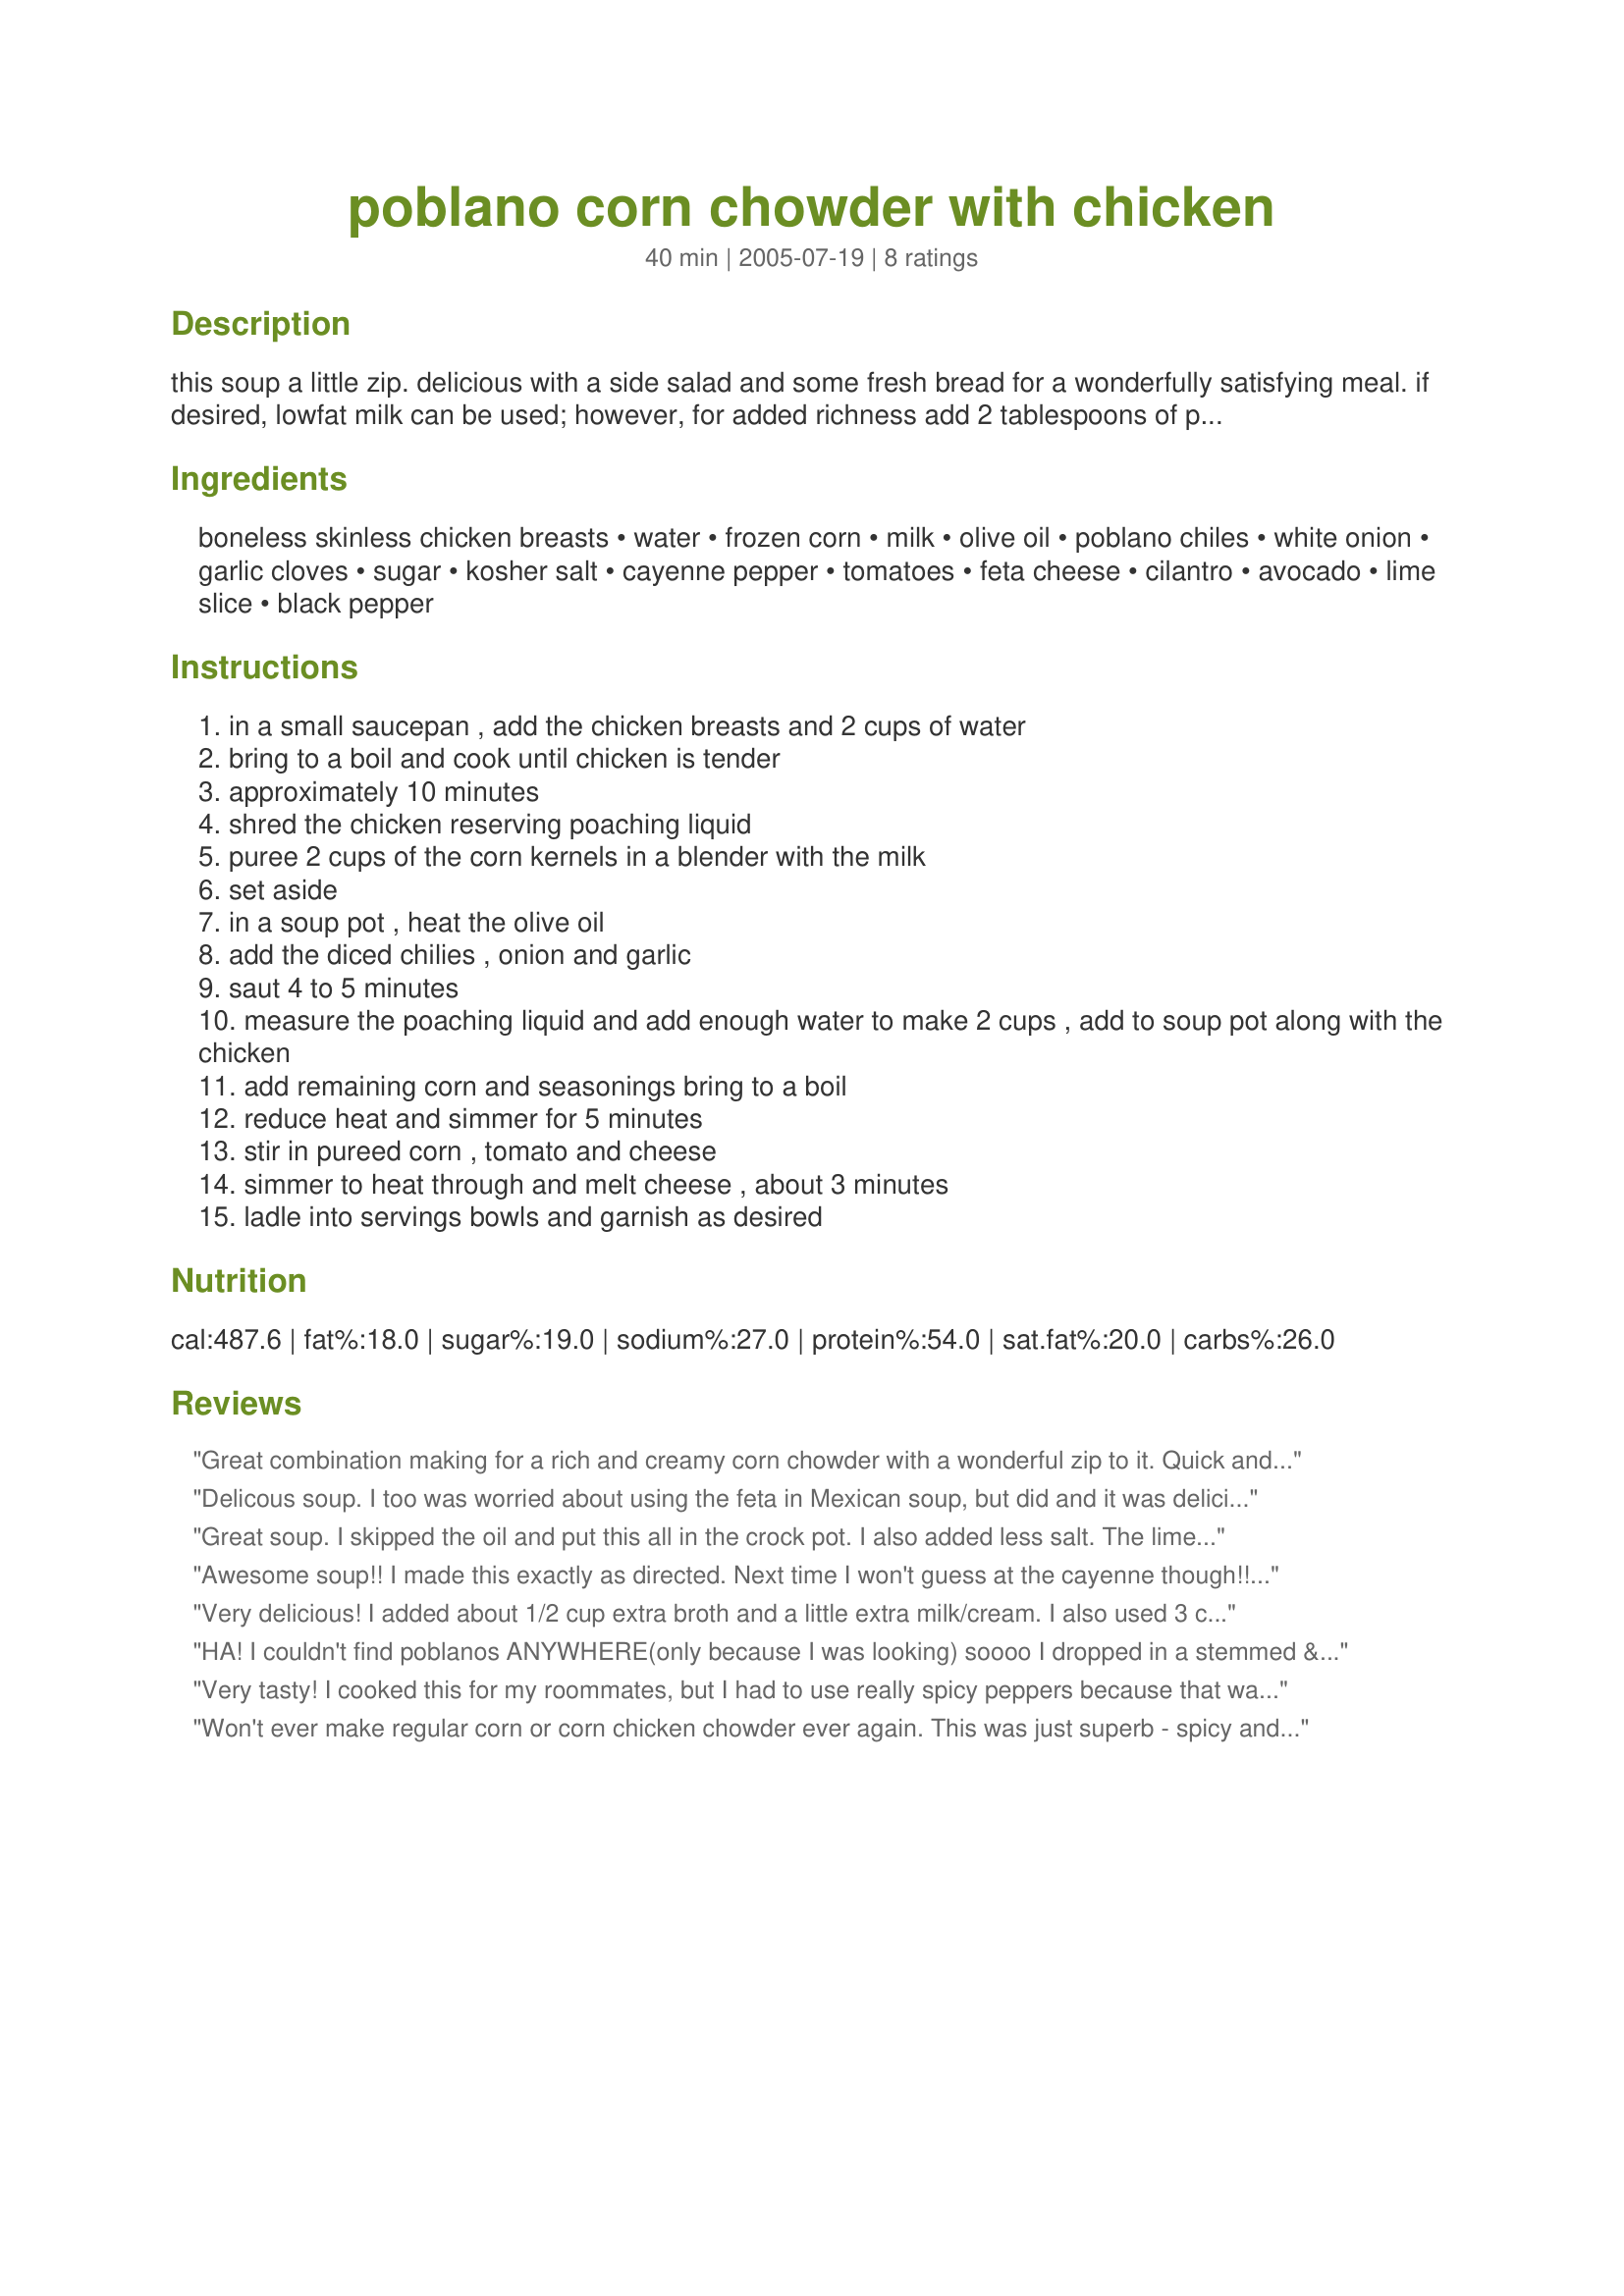
poblano corn chowder with chicken
Preparation time: 40 minutes

this soup a little zip. delicious with a side salad and some fresh bread for a wonderfully satisfying meal. if desired, lowfat milk can be used; however, for added richness add 2 tablespoons of powdered milk.

Ingredients:
boneless skinless chicken breasts, water, frozen corn, milk, olive oil, poblano chiles, white onion, garlic cloves, sugar, kosher salt, cayenne pepper, tomatoes, feta cheese, cilantro, avocado, lime slice, black pepper

Steps:
in a small saucepan , add the chicken breasts and 2 cups of water
bring to a boil and cook until chicken is tender
approximately 10 minutes
shred the chicken reserving poaching liquid
puree 2 cups of the corn kernels in a blender with the milk
set aside
in a soup pot , heat the olive oil
add the diced chilies , onion and garlic
saut 4 to 5 minutes
measure the poaching liquid and add enough water to make 2 cups , add to soup pot along with the chicken
add remaining corn and seasonings bring to a boil
reduce heat and simmer for 5 minutes
stir in pureed corn , tomato and cheese
simmer to heat through and melt cheese , about 3 minutes
ladle into servings bowls and garnish as desired

Reviews:
Great combination making for a rich and creamy corn chowder with a wonderful zip to it. Quick and easy to put together. Made as posted - no optionals added, only because I didn't happen to have them on hand. Freshly ground pepper a given! Another PaulaG winner that will be seeing to repeats at our house. Made for Soup Is On.
Delicous soup. I too was worried about using the feta in Mexican soup, but did and it was delicious! By sauteeing first, then adding the chicken and water to the same pot, cleanup is reduced to one pan vs. two. I halved the cayenne and it was still zippy and good; leftovers were great the next day! Thanks PaulaG.
Great soup. I skipped the oil and put this all in the crock pot. I also added less salt. The lime wedges are a must! All solid flavors together.
Awesome soup!! I made this exactly as directed. Next time I won't guess at the cayenne though!! lol
Very delicious! I added about 1/2 cup extra broth and a little extra milk/cream. I also used 3 chicken breasts instead of 2. My husband loved it and he is picky.

Thanks for a wonderful recipe.
HA! I couldn't find poblanos ANYWHERE(only because I was looking) soooo I dropped in a stemmed & seeded Ancho. It came out great! I'm sure it's different but equally as yummy with the poblano. And I used monterey jack chhese instead of the feta(in a Mexican dish?) Thanks for the great & easy recipe!
Very tasty! I cooked this for my roommates, but I had to use really spicy peppers because that was all I had. They loved the heat, I couldn't handle it! I used the clean-up tip, which made it a lot easier, but there was more prep time than I guessed (but I am a slow cook, so...). Overall, a great recipe!
Won't ever make regular corn or corn chicken chowder ever again. This was just superb - spicy and flavorful but not hot. I had some fresh corn to use up and save that for the un-mash part of the recipe. Trying to trim the calories a bit on this already healthy dish, I cooked my peppers and onions in some vegetable broth and used reduced fat feta. I used low-fat milk but thickened it a bit with dry milk powder - I would not suggest using skim with this recipe as the creaminess of the milk plays such a critical role here. Served this with Miller's baked tortilla chips for a sumptuous lunch. Thanks Paula.
